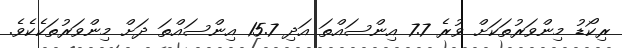
ރިކޯޑު މިންވަރުތަކަށް ވުރެ 7.7 އިންސައްތަ އަދި 15.7 އިންސައްތަ ދަށް މިންވަރުތަކެކެވެ.